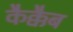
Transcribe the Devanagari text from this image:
कैक्कैब